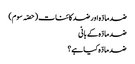
ضد مادّہ اور ضد کائنات (حصّہ سوم)
ضد مادّہ کے بانی
ضد مادّہ کیا ہے؟